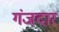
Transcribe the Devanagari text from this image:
गंजदार